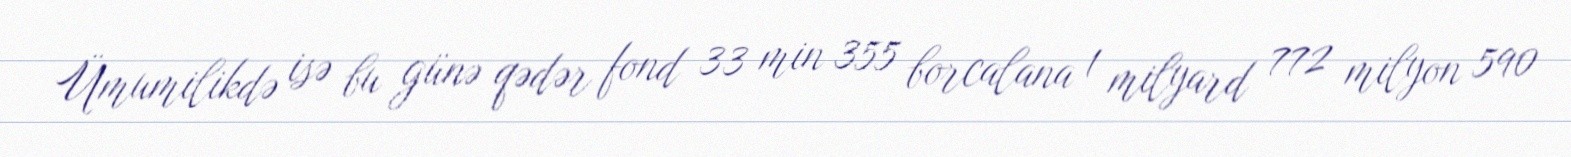
Ümumilikdə isə bu günə qədər fond 33 min 355 borcalana 1 milyard 772 milyon 590